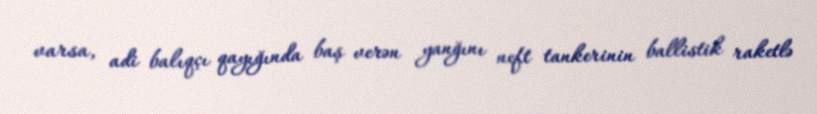
varsa, adi balıqçı qayığında baş verən yanğını neft tankerinin ballistik raketlə